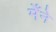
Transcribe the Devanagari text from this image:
मेँने